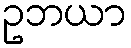
ဥဘယာ